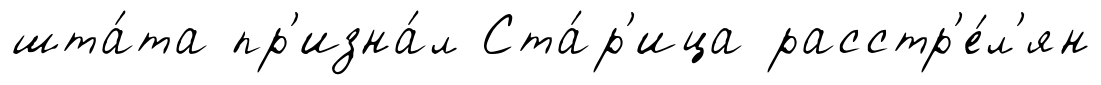
шта́та пр'изна́л Ста́р'ица расстр'е́л'ян